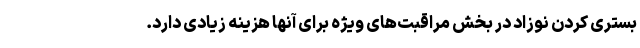
بستری کردن نوزاد در بخش مراقبت‌های ویژه برای آنها هزینه زیادی دارد.